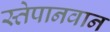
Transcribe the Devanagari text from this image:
स्तेपानवान